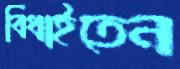
বিঁধাইতেন